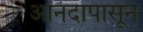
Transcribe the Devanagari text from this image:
आनंदापासून